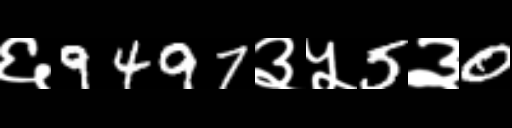
Text: ६9497३५5३0